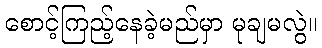
စောင့်ကြည့်နေခဲ့မည်မှာ မုချမလွဲ။